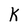
Character: K